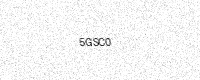
Text: 5GSC0